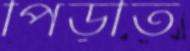
পিড়ীত